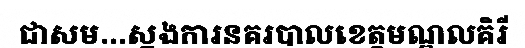
ជាសម...ស្នងការនគរបាលខេត្តមណ្ឌលគិរី